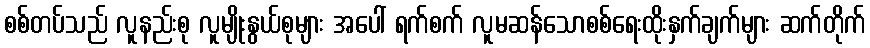
စစ်တပ်သည် လူနည်းစု လူမျိုးနွယ်စုများ အပေါ် ရက်စက် လူမဆန်သောစစ်ရေးထိုးနှက်ချက်များ ဆက်တိုက်